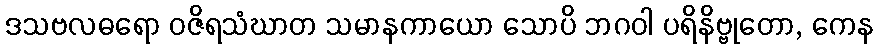
ဒသဗလဓရော ဝဇိရသံဃာတ သမာနကာယော သောပိ ဘဂဝါ ပရိနိဗ္ဗုတော, ကေန